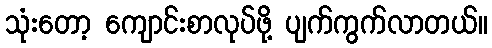
သုံးတော့ ကျောင်းစာလုပ်ဖို့ ပျက်ကွက်လာတယ်။